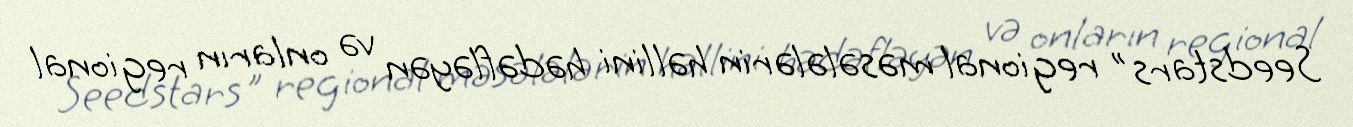
Seedstars" regional məsələlərin həllini hədəfləyən və onların regional